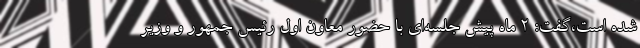
شده است،گفت: ۲ ماه پیش جلسه‌ای با حضور معاون اول رئیس جمهور و وزیر